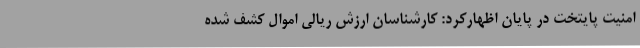
امنیت پایتخت در پایان اظهارکرد: کارشناسان ارزش ریالی اموال کشف شده